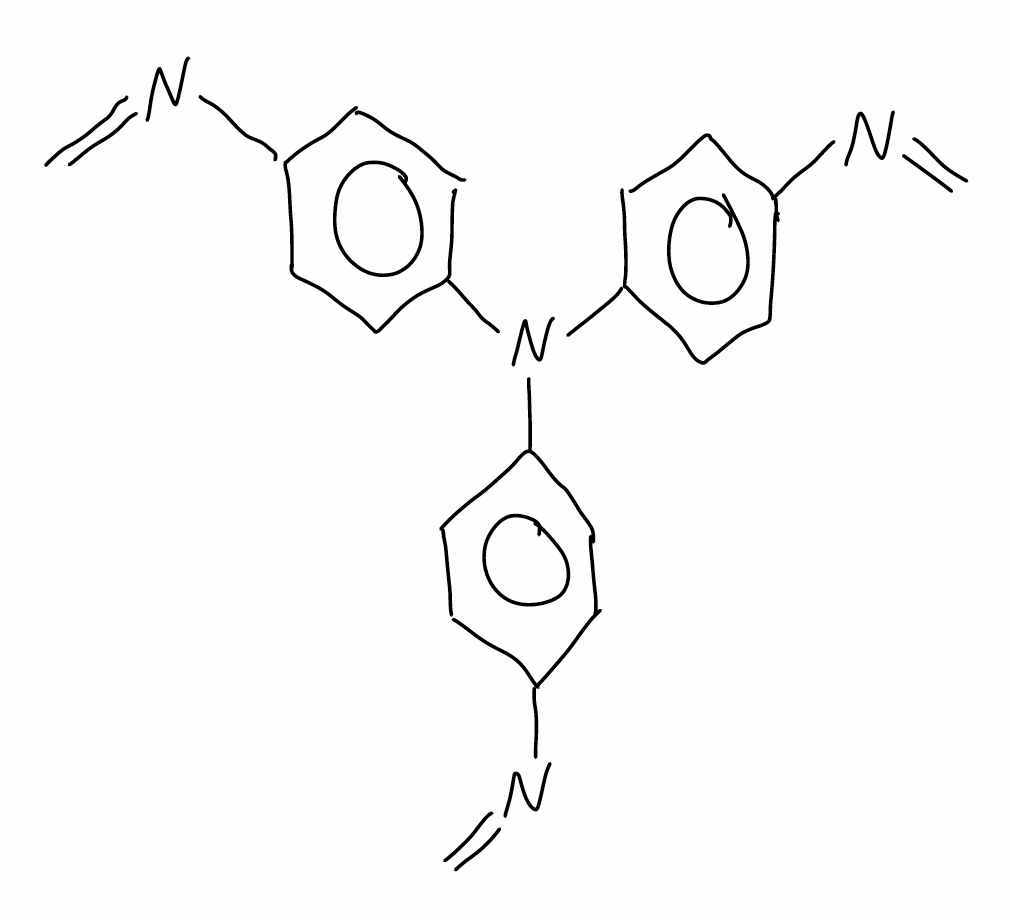
Simplified molecular-input line-entry system (SMILES) notation of the given molecule:
C=NC1=CC=C(C=C1)N(C2=CC=C(C=C2)N=C)C3=CC=C(C=C3)N=C